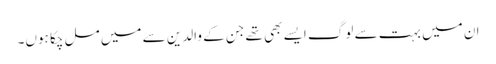
ان میں بہت سے لوگ ایسے بھی تھے جن کے والدین سے میں مل چکا ہوں۔